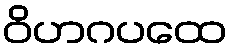
ဝိဟဂပထေ